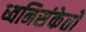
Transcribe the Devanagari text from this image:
ध्वनिसंकेतों